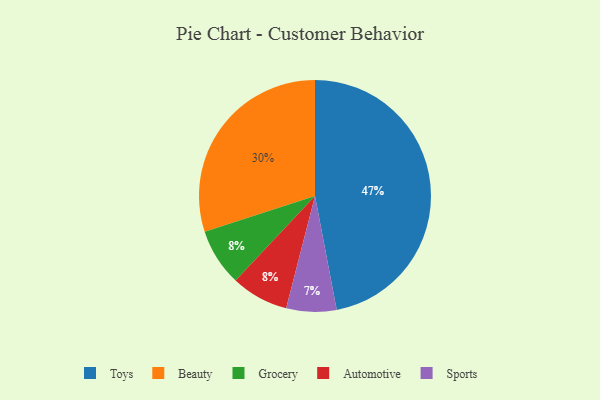
{"axis": {"x": "Category", "y": "Percentage"}, "legend": ["Automotive", "Beauty", "Grocery", "Sports", "Toys"], "data": [{"x": "Grocery", "y": 8, "type": "Grocery"}, {"x": "Automotive", "y": 8, "type": "Automotive"}, {"x": "Sports", "y": 7, "type": "Sports"}, {"x": "Beauty", "y": 30, "type": "Beauty"}, {"x": "Toys", "y": 47, "type": "Toys"}]}